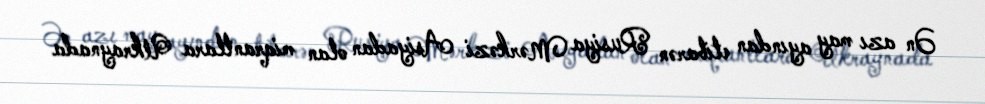
Ən azı may ayından etibarən Rusiya Mərkəzi Asiyadan olan miqrantlara Ukraynada